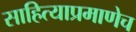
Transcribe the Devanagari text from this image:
साहित्याप्रमाणेच